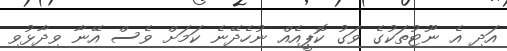
އަދި އެ ނޫޓުތަކުގެ ވަގު ކޮޕީއެއް ނުހެދޭނެ ކަމަށް ވެސް އޭނާ ވިދާޅުވި